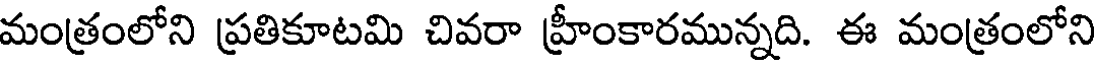
మంత్రంలోని ప్రతికూటమి చివరా హ్రీంకారమున్నది. ఈ మంత్రంలోని